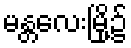
မန္တလေးမြို့၌